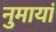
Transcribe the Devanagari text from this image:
नुमायां